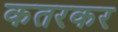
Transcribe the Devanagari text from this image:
कतरकर